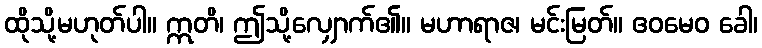
ထိုသို့မဟုတ်ပါ။ ဣတိ၊ ဤသို့လျှောက်၏။ မဟာရာဇ၊ မင်းမြတ်။ ဧဝမေဝ ခေါ၊